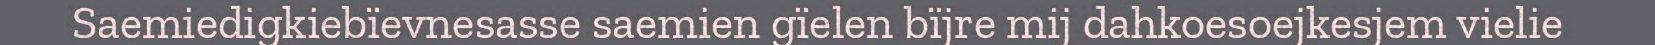
Saemiedigkiebïevnesasse saemien gïelen bïjre mij dahkoesoejkesjem vielie